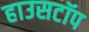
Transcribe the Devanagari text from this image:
हाउसटॉप